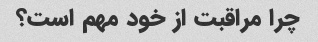
چرا مراقبت از خود مهم است؟